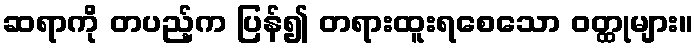
ဆရာကို တပည့်က ပြန်၍ တရားထူးရစေသော ဝတ္ထုများ။